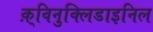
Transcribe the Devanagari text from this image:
क़्विनुक्लिडाइनिल